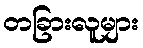
တခြားလူများ